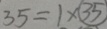
3 5 = 1 \times \textcircled { 3 5 }